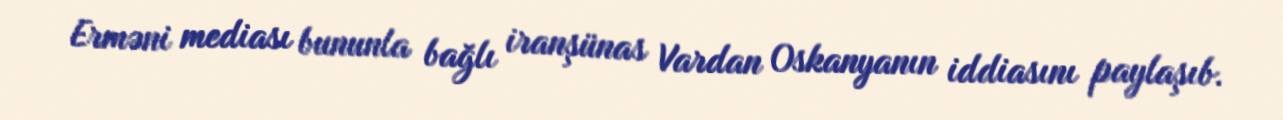
Erməni mediası bununla bağlı iranşünas Vardan Oskanyanın iddiasını paylaşıb.